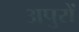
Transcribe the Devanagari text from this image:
अपुरों